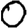
Digit: 0